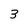
Character: 3